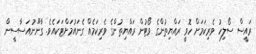
ރައީސް ސޯލިހު ވެރިކަމަށް ހޮވީ ރައްޔިތުންގެ ވޯޓުން ރައްޔިތުންގެ ވެރިކަމެއް ގެނައުމަށްޓަކައެވެ. ގާނޫނުއަސާސީން